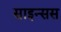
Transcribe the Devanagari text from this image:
साइन्सस